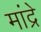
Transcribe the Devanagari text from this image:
मांद्रे